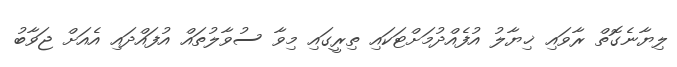
ލިޔާނެގޮތް ރާވައި ޚިޔާލު އުފެއްދުމަށްޓަކައި ތިރީގައި މިވާ ސުވާލުތައް އުފައްދައި އެއަށް ޖަވާބު